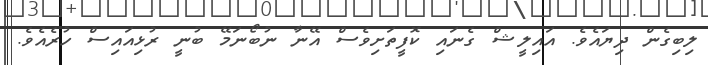
ލިބިގެން ދިޔައެވެ. އައިލީޝް ގެނައި ކޮފީތަށިވެސް އޭނާ ނުބޯނަމޭ ބުނީ ރުޅިއައިސް ހުރެއެވެ.